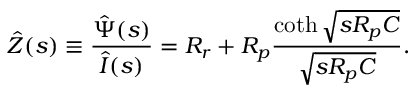
\hat { Z } ( s ) \equiv \frac { \hat { \Psi } ( s ) } { \hat { I } ( s ) } = R _ { r } + R _ { p } \frac { \coth \sqrt { s R _ { p } C } } { \sqrt { s R _ { p } C } } .